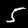
Digit: 5